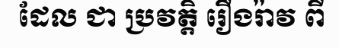
ដែល ជា ប្រវត្តិ រឿងរ៉ាវ ពី